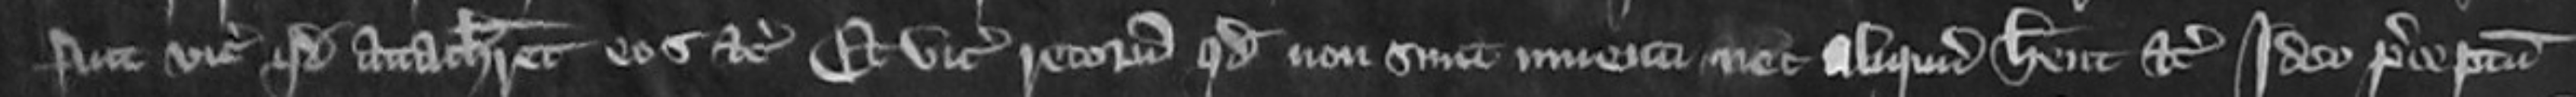
fuit vicecomiti quod attachiaret eos etc et vicecomes retornavit quod non sunt inventi nec aliquid habent etc Ideo preceptum